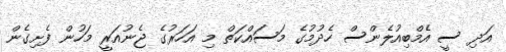
އަދި ސީ އެމްބިއުލެންސް ހެދުމުގެ މަސައްކަތް މި އަހަރުގެ ޖެނުއަރީ މަހުން ފެށިގެން